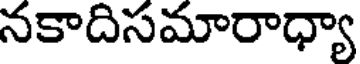
నకాదిసమారాధ్యా